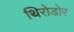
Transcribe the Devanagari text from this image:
थिरोडोर